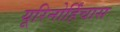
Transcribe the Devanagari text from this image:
यूरिनोर्हिंचास